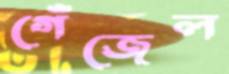
গেঁজেল